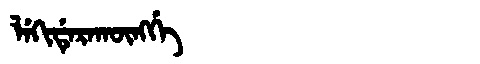
Manchu: ᠯᡝᡴᡳᡩᡝᡵᠠᡴᡡᠩᡤᡝ
Romanization: LEKIDERAKŪNGGE